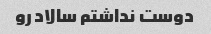
دوست نداشتم سالاد رو